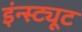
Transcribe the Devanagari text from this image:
इंन्स्ट्यूट